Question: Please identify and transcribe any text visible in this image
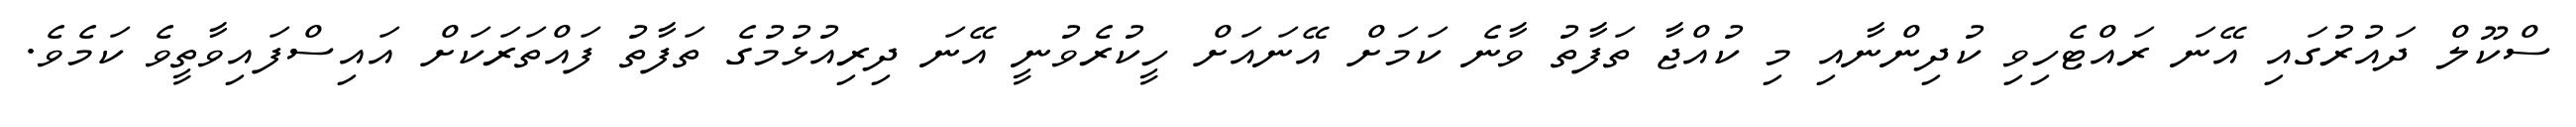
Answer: ސްކޫލް ދައުރުގައި އޭނަ ރައްޓެހިވި ކުދިންނާއި މި ކުއްޖާ ތަފާތު ވާނެ ކަމަށް އޭނައަށް ހީކުރެވުނީ އޭނަ ދިރިއުޅުމުގެ ތަފާތު ފައްތަރަކަށް އައިސްފައިވާތީވެ ކަމެވެ.